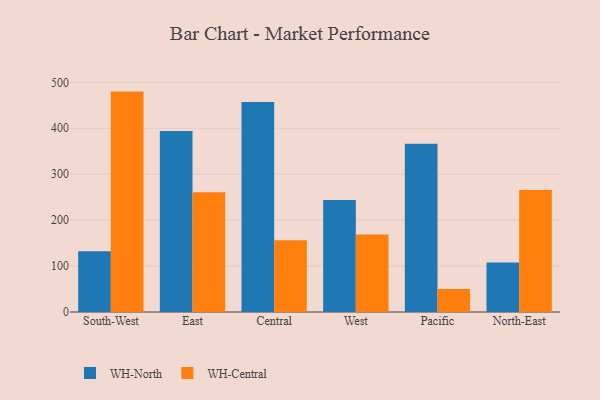
{"axis": {"x": "Region", "y": "Shipments"}, "legend": ["WH-Central", "WH-North"], "data": [{"x": "South-West", "y": 132.2, "type": "WH-North"}, {"x": "South-West", "y": 479.8, "type": "WH-Central"}, {"x": "East", "y": 394.3, "type": "WH-North"}, {"x": "East", "y": 260.8, "type": "WH-Central"}, {"x": "Central", "y": 457.4, "type": "WH-North"}, {"x": "Central", "y": 156.4, "type": "WH-Central"}, {"x": "West", "y": 243.6, "type": "WH-North"}, {"x": "West", "y": 168.6, "type": "WH-Central"}, {"x": "Pacific", "y": 366.5, "type": "WH-North"}, {"x": "Pacific", "y": 49.9, "type": "WH-Central"}, {"x": "North-East", "y": 107.7, "type": "WH-North"}, {"x": "North-East", "y": 265.5, "type": "WH-Central"}]}